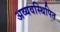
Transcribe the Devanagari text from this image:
अव्यवस्थिपित